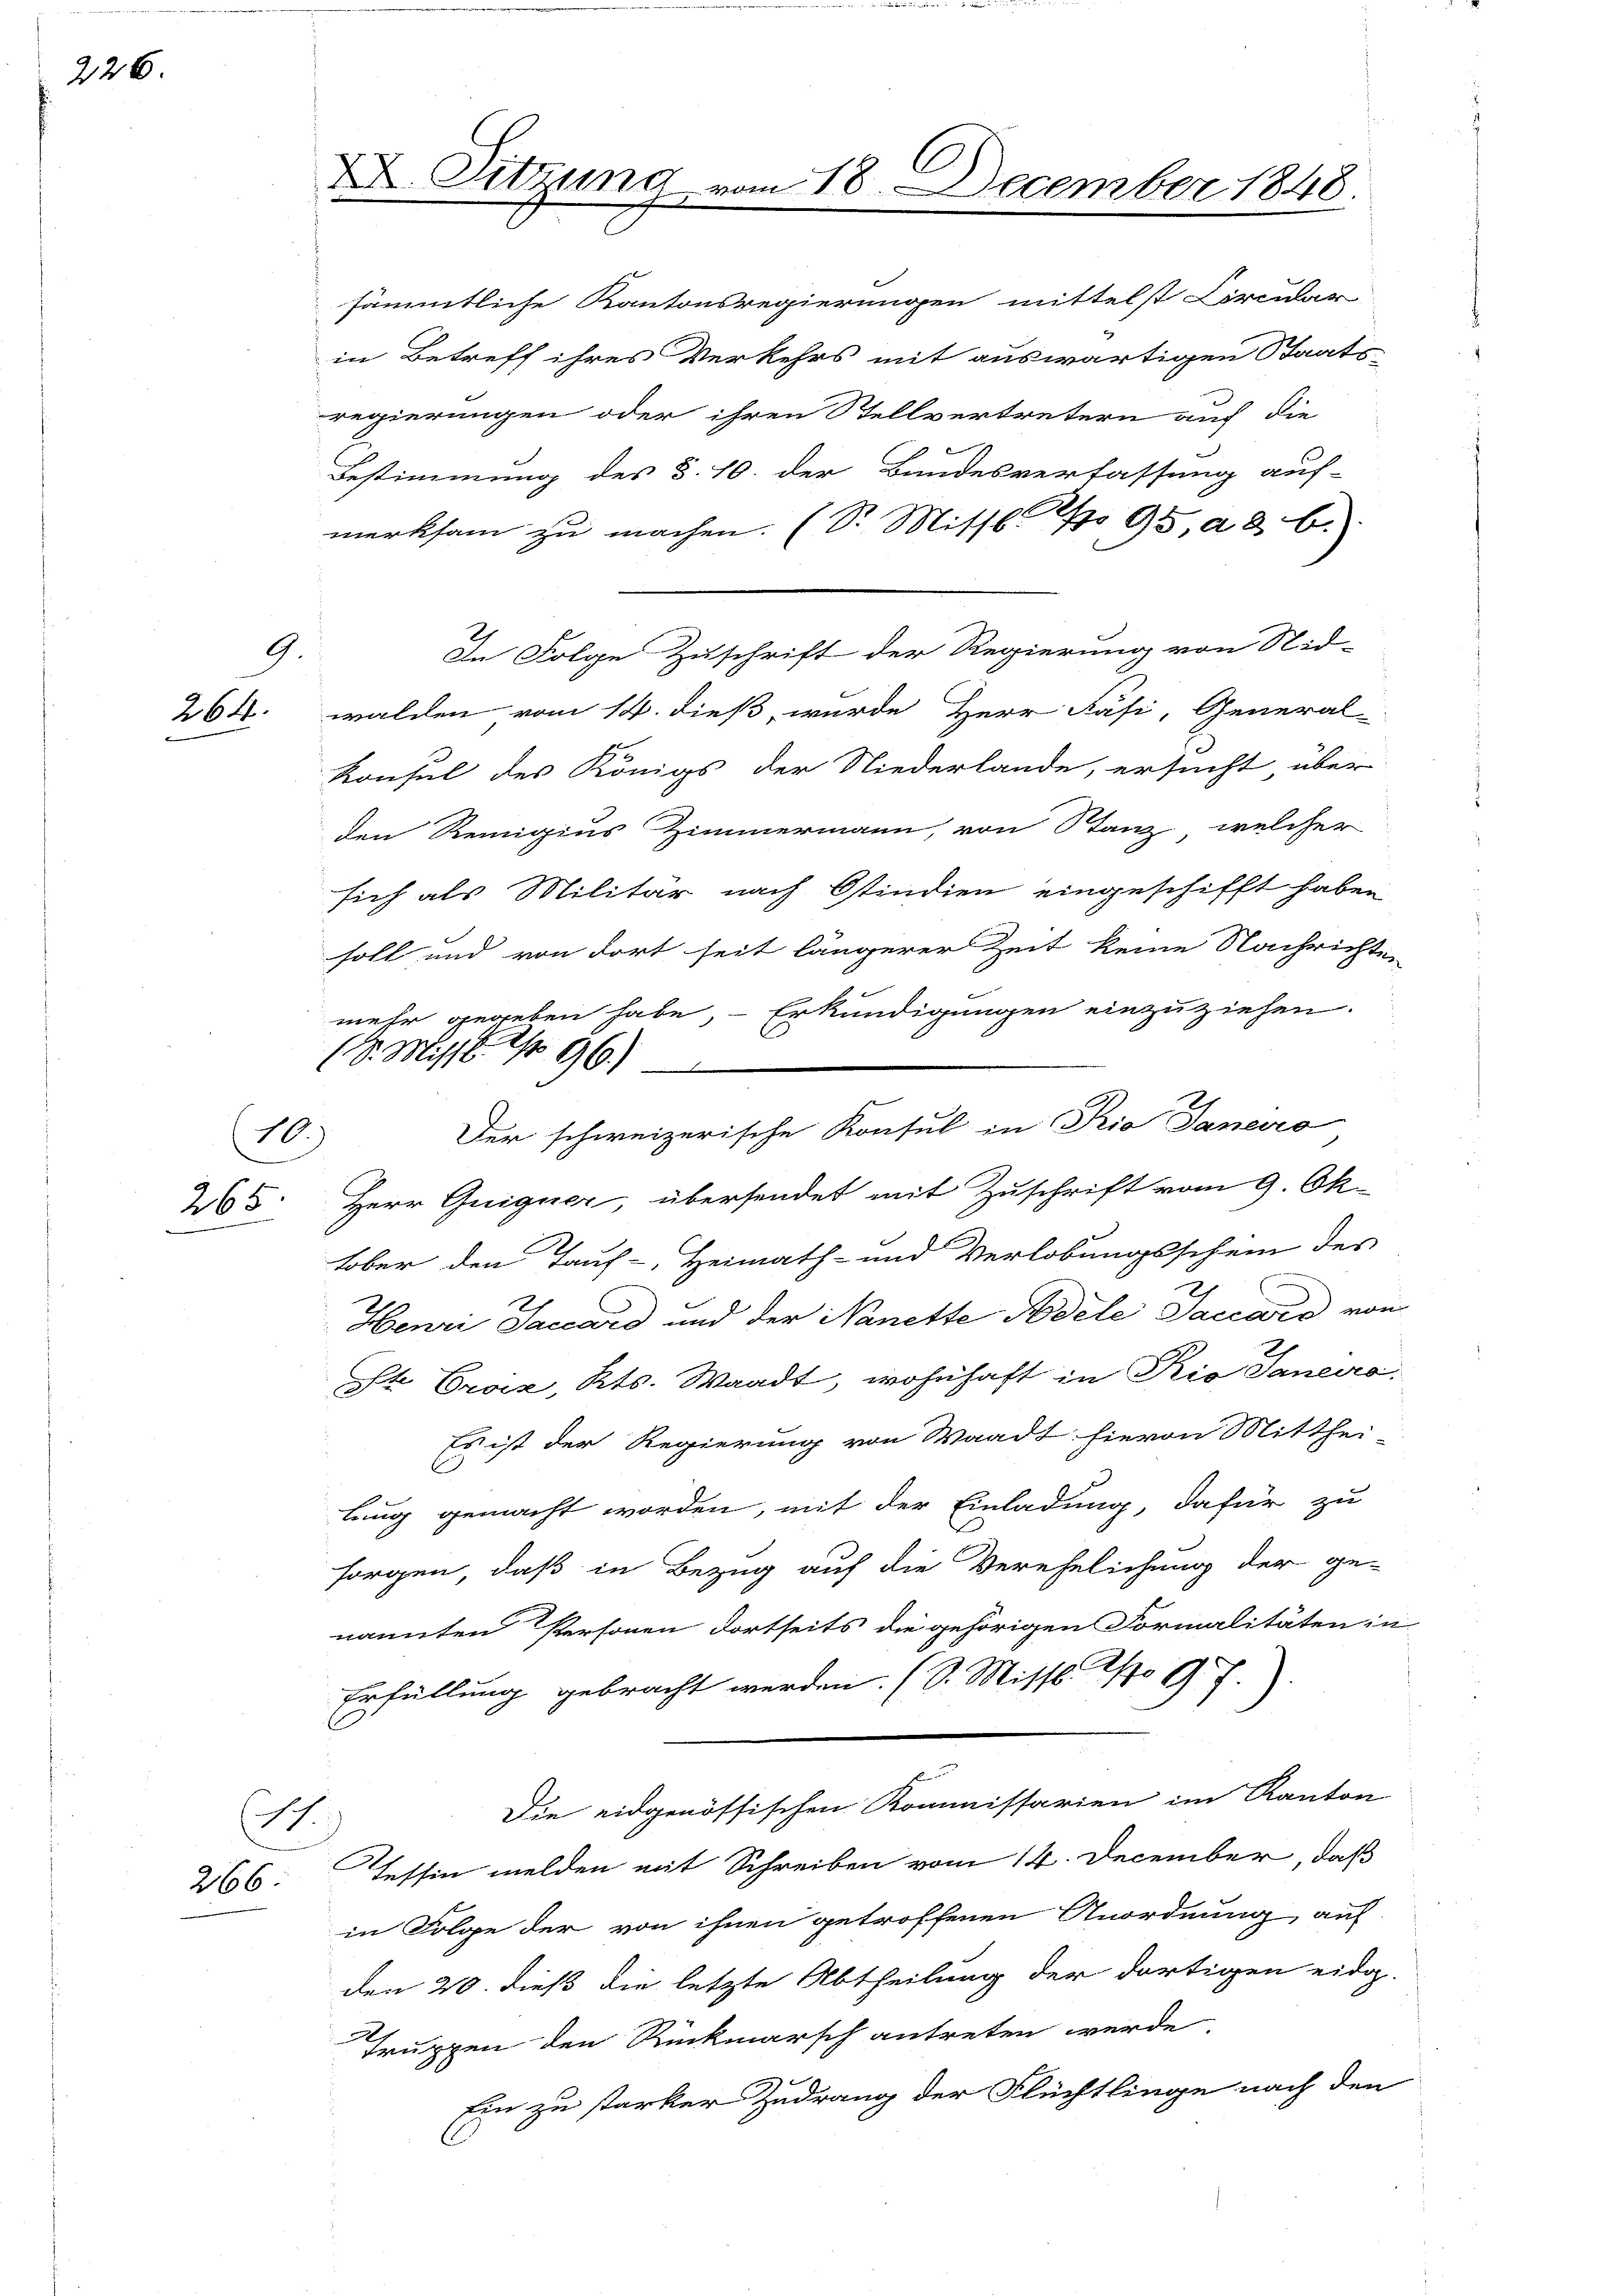
226.

G.
264.

10.)
265

.
266

. Sitzung vom 18. December 1848.

(V. Misst. S. 96.)

sämmtliche Kantonsregierungen mittelst Circular
in Betreff ihres Verkehrs mit auswärtigen Staats-
regierungen oder ihren Stellvertretern auf die
Bestimmung des §. 10. der Bundesverfassung auf-
merksam zu machen. (Dr. Missl No 95, ad b.
In Folge Zuschrift der Regierung von Nid-
walden vom 14. dieß, wurde Herr Fäsi, General-
Konsul des Königs der Niederlande, ersucht, über
den Remigius Zimmermann, von Stanz, welcher
sich als Militär nach Ostindien eingeschifft haben
soll und von dort seit längerer Zeit keine Nachrichte
mehr gegeben habe, Erkundigungen einzuziehen.
Herr Guiguer, übersendet mit Zuschrift vom 9. Ok-
tober den Tauf-, Heimath- und Verlobungsschein des
Henri Saccard und der Nanette Modele Saccord von
St Croix, Kts. Waadt, wohnhaft in Rio Janeiro
Es ist der Regierung von Waadt hievon Mitthei-
C
lung gemacht worden, mit der Einladung, dafür zu
sorgen, daß in Bezug auf die Verehelichung der ge-
nannten Personen dortseits die gehörigen Formalitäten in
Erfüllung gebracht werden. (S. Mittl. No 97.
Die eidgenössischen Kommissarien im Kanton
Tessin melden mit Schreiben vom 14. December, daß
in Folge der von ihnen getroffenen Anordnung auf
den 20. dieß die letzte Abtheilung der dortigen eidg.
d
Truppen den Rückmarsch antreten werde
Ein zu starker Zudrang der Flüchtlinge nach den

Der schweizerische Konsul in Pio Janeiro